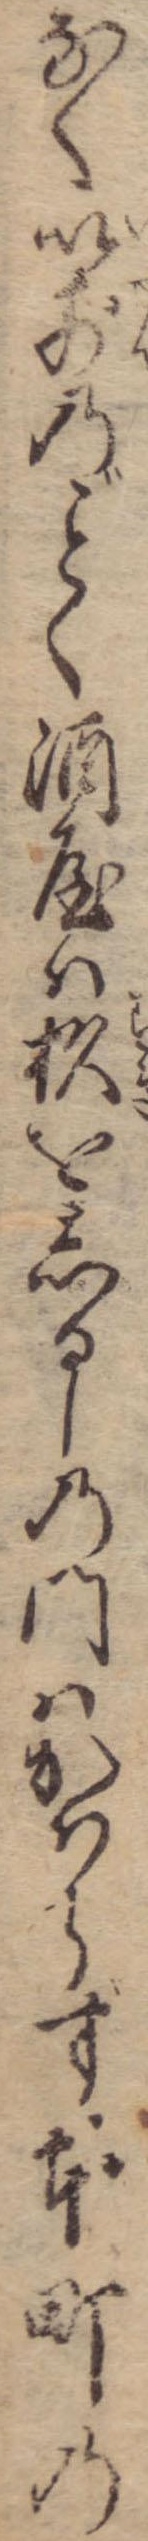
なく以前のく酒屋は杉をしるしの門はかはらず本町の